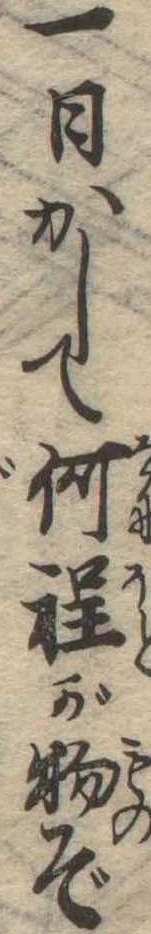
一日かして何程が物ぞ